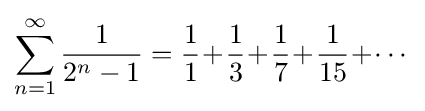
\sum _{n=1}^{\infty }{\frac {1}{2^{n}-1}}={\frac {1}{1}}\!+\!{\frac {1}{3}}\!+\!{\frac {1}{7}}\!+\!{\frac {1}{15}}\!+\!\cdots